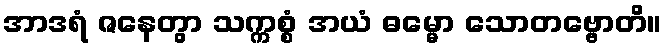
အာဒရံ ဇနေတွာ သက္ကစ္စံ အယံ ဓမ္မော သောတဗ္ဗောတိ။